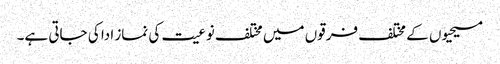
مسیحیوں کے مختلف فرقوں میں مختلف نوعیت کی نماز ادا کی جاتی ہے۔